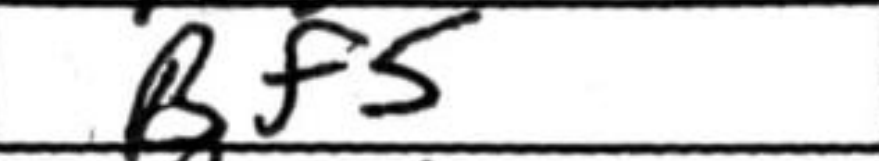
Transcription: Bf5